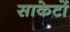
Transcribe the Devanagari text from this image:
साकेटों